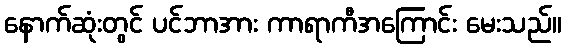
နောက်ဆုံးတွင် ပင်ဘာအား ကာရာကီအကြောင်း မေးသည်။